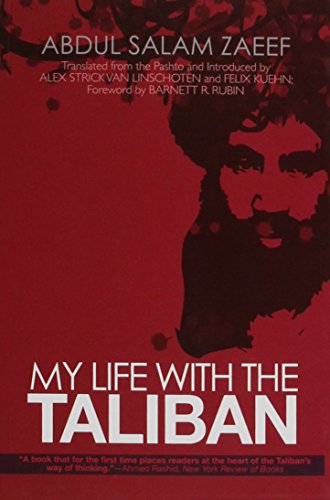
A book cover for My Life with the Taliban; Abdul Salam Zaeef; Religion & Spirituality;